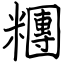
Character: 糰